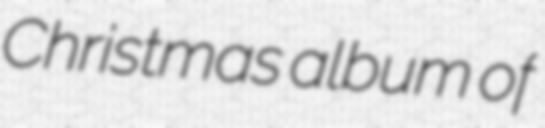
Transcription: Christmas album of